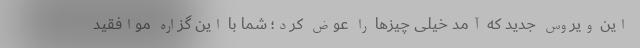
این ویروس جدید که آمد خیلی چیزها را عوض کرد؛ شما با این گزاره موافقید